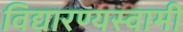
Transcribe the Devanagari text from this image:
विद्यारण्यस्वामी